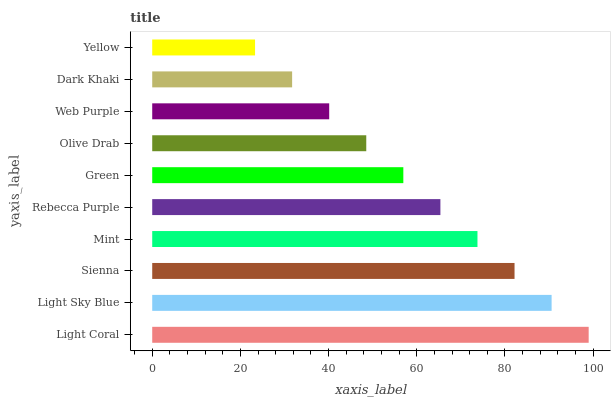
| yaxis_label | bars |
 | --- | --- |
 | Light Coral | 99 |
 | Light Sky Blue | 90.6 |
 | Sienna | 82.2 |
 | Mint | 73.8 |
 | Rebecca Purple | 65.4 |
 | Green | 57 |
 | Olive Drab | 48.6 |
 | Web Purple | 40.1 |
 | Dark Khaki | 31.7 |
 | Yellow | 23.3 |